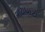
વાટાધાટો